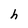
Character: h